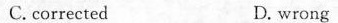
C.corrected D.wrong